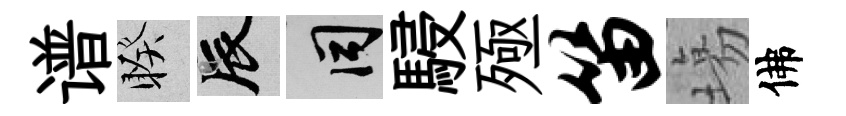
谱睽辰间駸殛笛塲佛